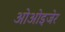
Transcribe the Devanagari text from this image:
ओओइजेर